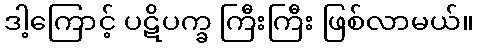
ဒါ့ကြောင့် ပဋိပက္ခ ကြီးကြီး ဖြစ်လာမယ်။